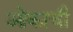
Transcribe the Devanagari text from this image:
ओकाची